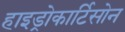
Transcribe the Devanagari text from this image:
हाइड्रोकार्टिसोन